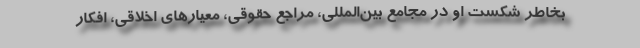
بخاطر شکست او در مجامع بین‌المللی، مراجع حقوقی، معیارهای اخلاقی، افکار